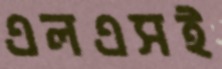
এলএসই